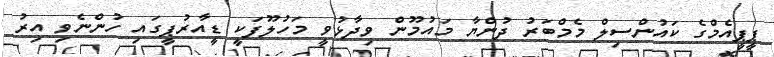
ޕީޕީއެމްގެ ކައުންސިލް މެމްބަރު ދުންޔާ މައުމޫން ވިދާޅުވީ މަހުލޫފަކީ ޑީއާރުޕީގައި ހުންނެވި އިރު